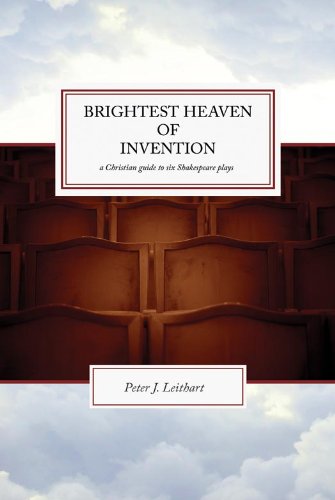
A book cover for Brightest Heaven of Invention: A Christian Guide To Six Shakespeare Plays; Peter J. Leithart; Literature & Fiction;